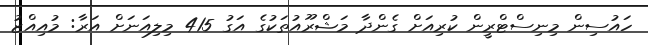
ހައުސިން މިނިސްޓްރީން ކުރިއަށް ގެންދާ މަޝްރޫއުތަކުގެ އަގު 415 މިލިއަނަށް އަރާ: މުއިއްޒު